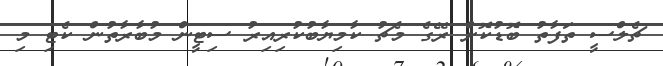
ޗެލްސީ ތަފާތު ބޮޑުކޮށް ރޭގެ މެޗު ކާމިޔާބުކުރިއިރު ސިޓީން މުބާރާތުން ކެޓި މި